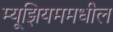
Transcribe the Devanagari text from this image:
म्यूझियममधील